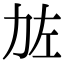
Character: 𠡃